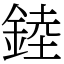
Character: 錴